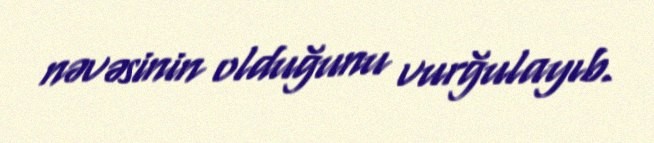
nəvəsinin olduğunu vurğulayıb.